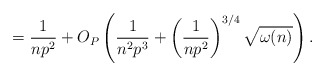
\begin{align*}= \frac{1}{np^2} + O_P\left( \frac{1}{n^2p^3} + \left( \frac{1 }{np^2}\right)^{3/4} \sqrt{ \omega(n) } \right).\end{align*}